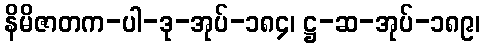
နိမိဇာတက-ပါ-ဒု-အုပ်-၁၈၄၊ ဋ္ဌ-ဆ-အုပ်-၁၈၉၊